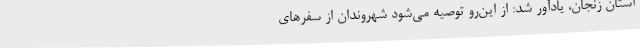
استان زنجان، یادآور شد: از این‌رو توصیه می‌شود شهروندان از سفرهای